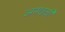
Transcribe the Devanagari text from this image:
अनखळी